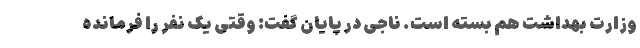
وزارت بهداشت هم بسته است. ناجی در پایان گفت: وقتی یک نفر را فرمانده